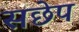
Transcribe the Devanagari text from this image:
सछेप